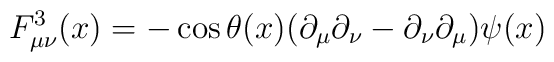
F^3_{\mu\nu}(x) = -\cos\theta(x)(\partial_\mu \partial_\nu -\partial_\nu\partial_\mu)\psi(x)